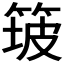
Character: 𱸅